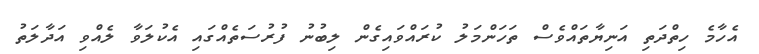
އެހާމެ ހިތްދަތި އަނިޔާތައްވެސް ތަހަންމަލު ކުރައްވައިގެން ލިބުނު ފުރުސަތެއްގައި އެކުލަވާ ލެއްވި އަދާލަތު